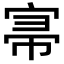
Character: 𡨦